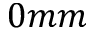
0 m m